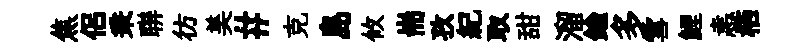
焦侣秉聨彷美#克島攸耑孜紀取甜溜鍮多雪鯉恚栖